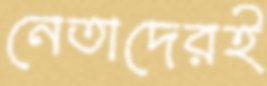
নেতাদেরই